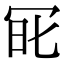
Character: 𠖆